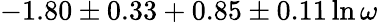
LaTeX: -1.80\pm 0.33+0.85\pm 0.11\ln\omega